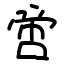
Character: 啻